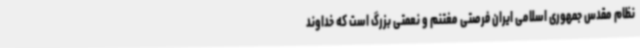
نظام مقدس جمهوری اسلامی ایران فرصتی مغتنم و نعمتی بزرگ است که خداوند